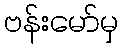
ဗန်းမော်မှ